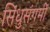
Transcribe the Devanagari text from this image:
सिंधुसंगमीं